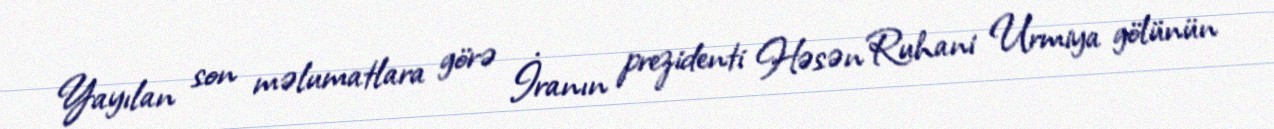
Yayılan son məlumatlara görə İranın prezidenti Həsən Ruhani Urmiya gölünün